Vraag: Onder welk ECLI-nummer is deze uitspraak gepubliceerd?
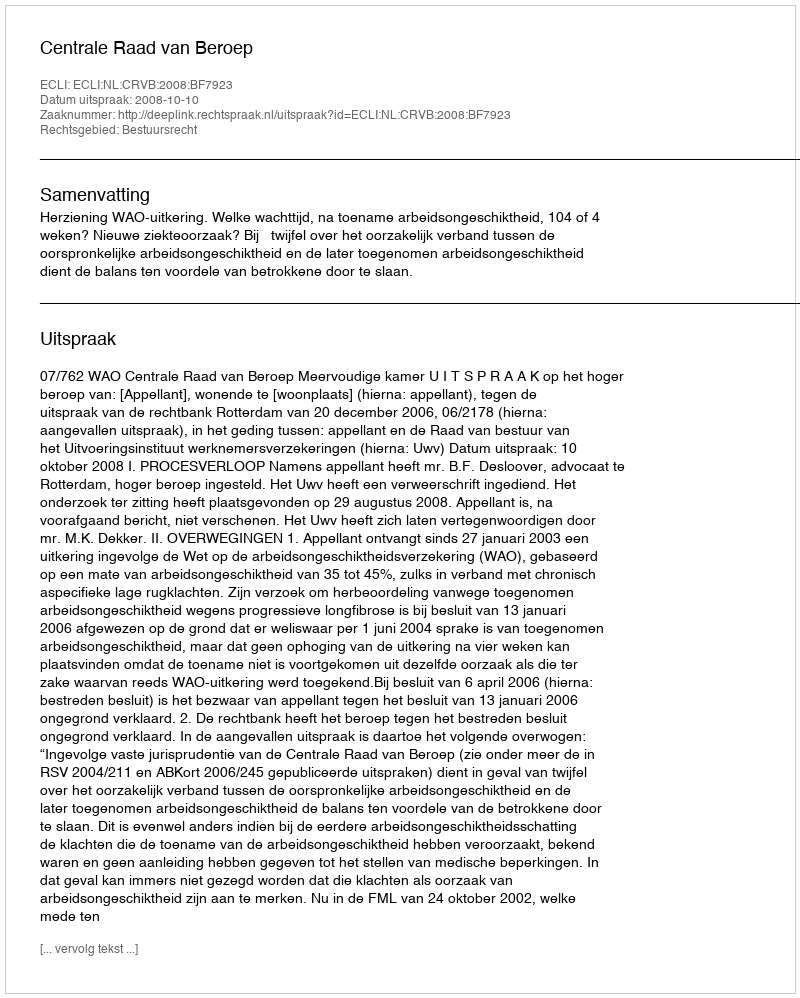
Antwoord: ECLI:NL:CRVB:2008:BF7923